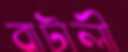
বাটালী